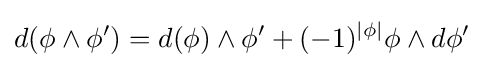
d(\phi \wedge \phi ')=d(\phi )\wedge \phi '+(-1)^{|\phi |}\phi \wedge d\phi '